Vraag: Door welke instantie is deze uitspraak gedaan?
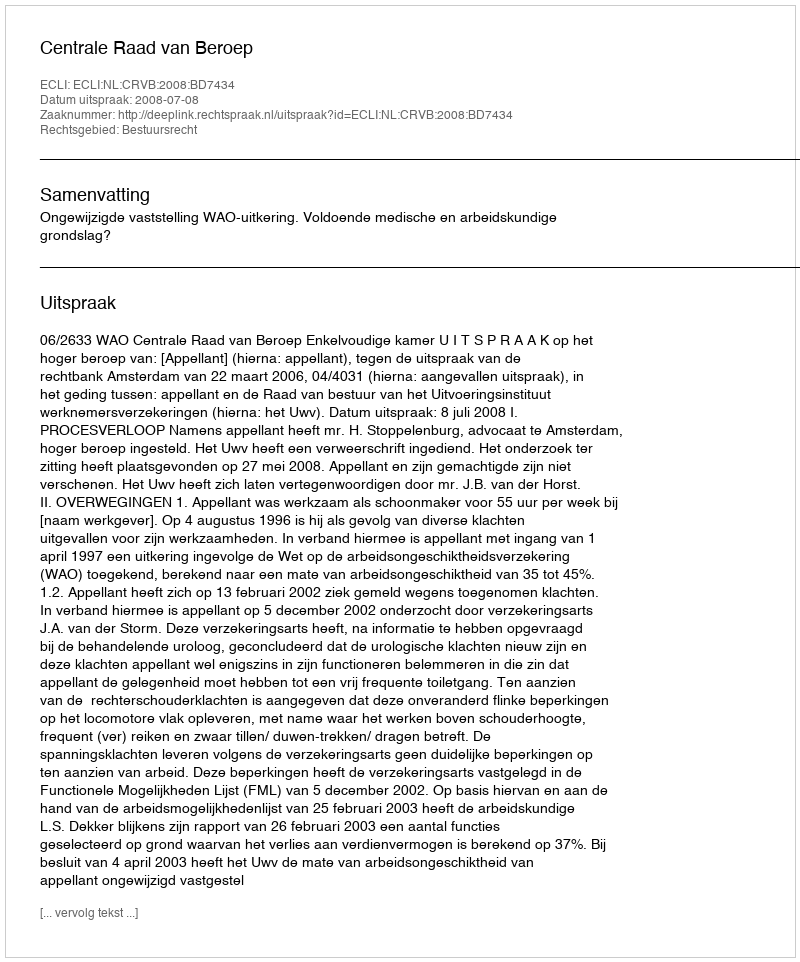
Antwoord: Centrale Raad van Beroep